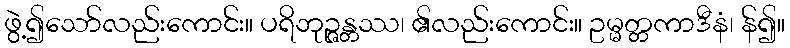
ဖွဲ့၍သော်လည်းကောင်း။ ပရိဘုဉ္ဇန္တဿ၊ ၏လည်းကောင်း။ ဥမ္မတ္တကာဒီနံ၊ န်၍။